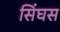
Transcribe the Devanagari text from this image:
सिंघस